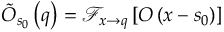
\tilde { O } _ { \boldsymbol { s } _ { 0 } } \left( \boldsymbol { q } \right) = \mathcal { F } _ { \boldsymbol { x } \rightarrow \boldsymbol { q } } \left[ O \left( \boldsymbol { x } - \boldsymbol { s } _ { 0 } \right) \right]